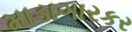
માડાગારકર